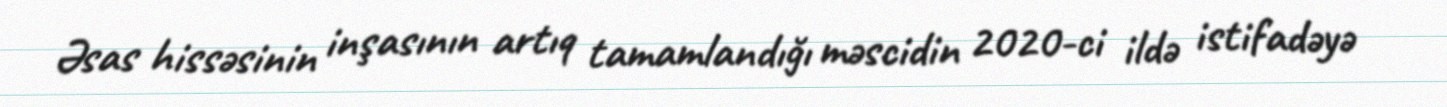
Əsas hissəsinin inşasının artıq tamamlandığı məscidin 2020-ci ildə istifadəyə